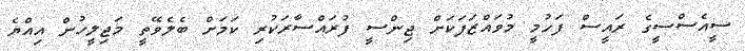
ސީއެސްސީގެ ރައީސް ފަހުމީ މުވައްޒަފަކަށް ޖިންސީ ފުރައްސާރަކުރި ކަމަށް ބެލެވޭތީ މަޖިލީހުން އިއްޔެ